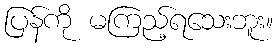
ပြန်ကို မကြည့်ရသေးဘူး။